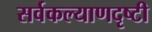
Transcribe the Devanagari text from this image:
सर्वकल्याणदृष्टी